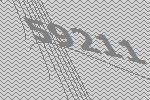
59211